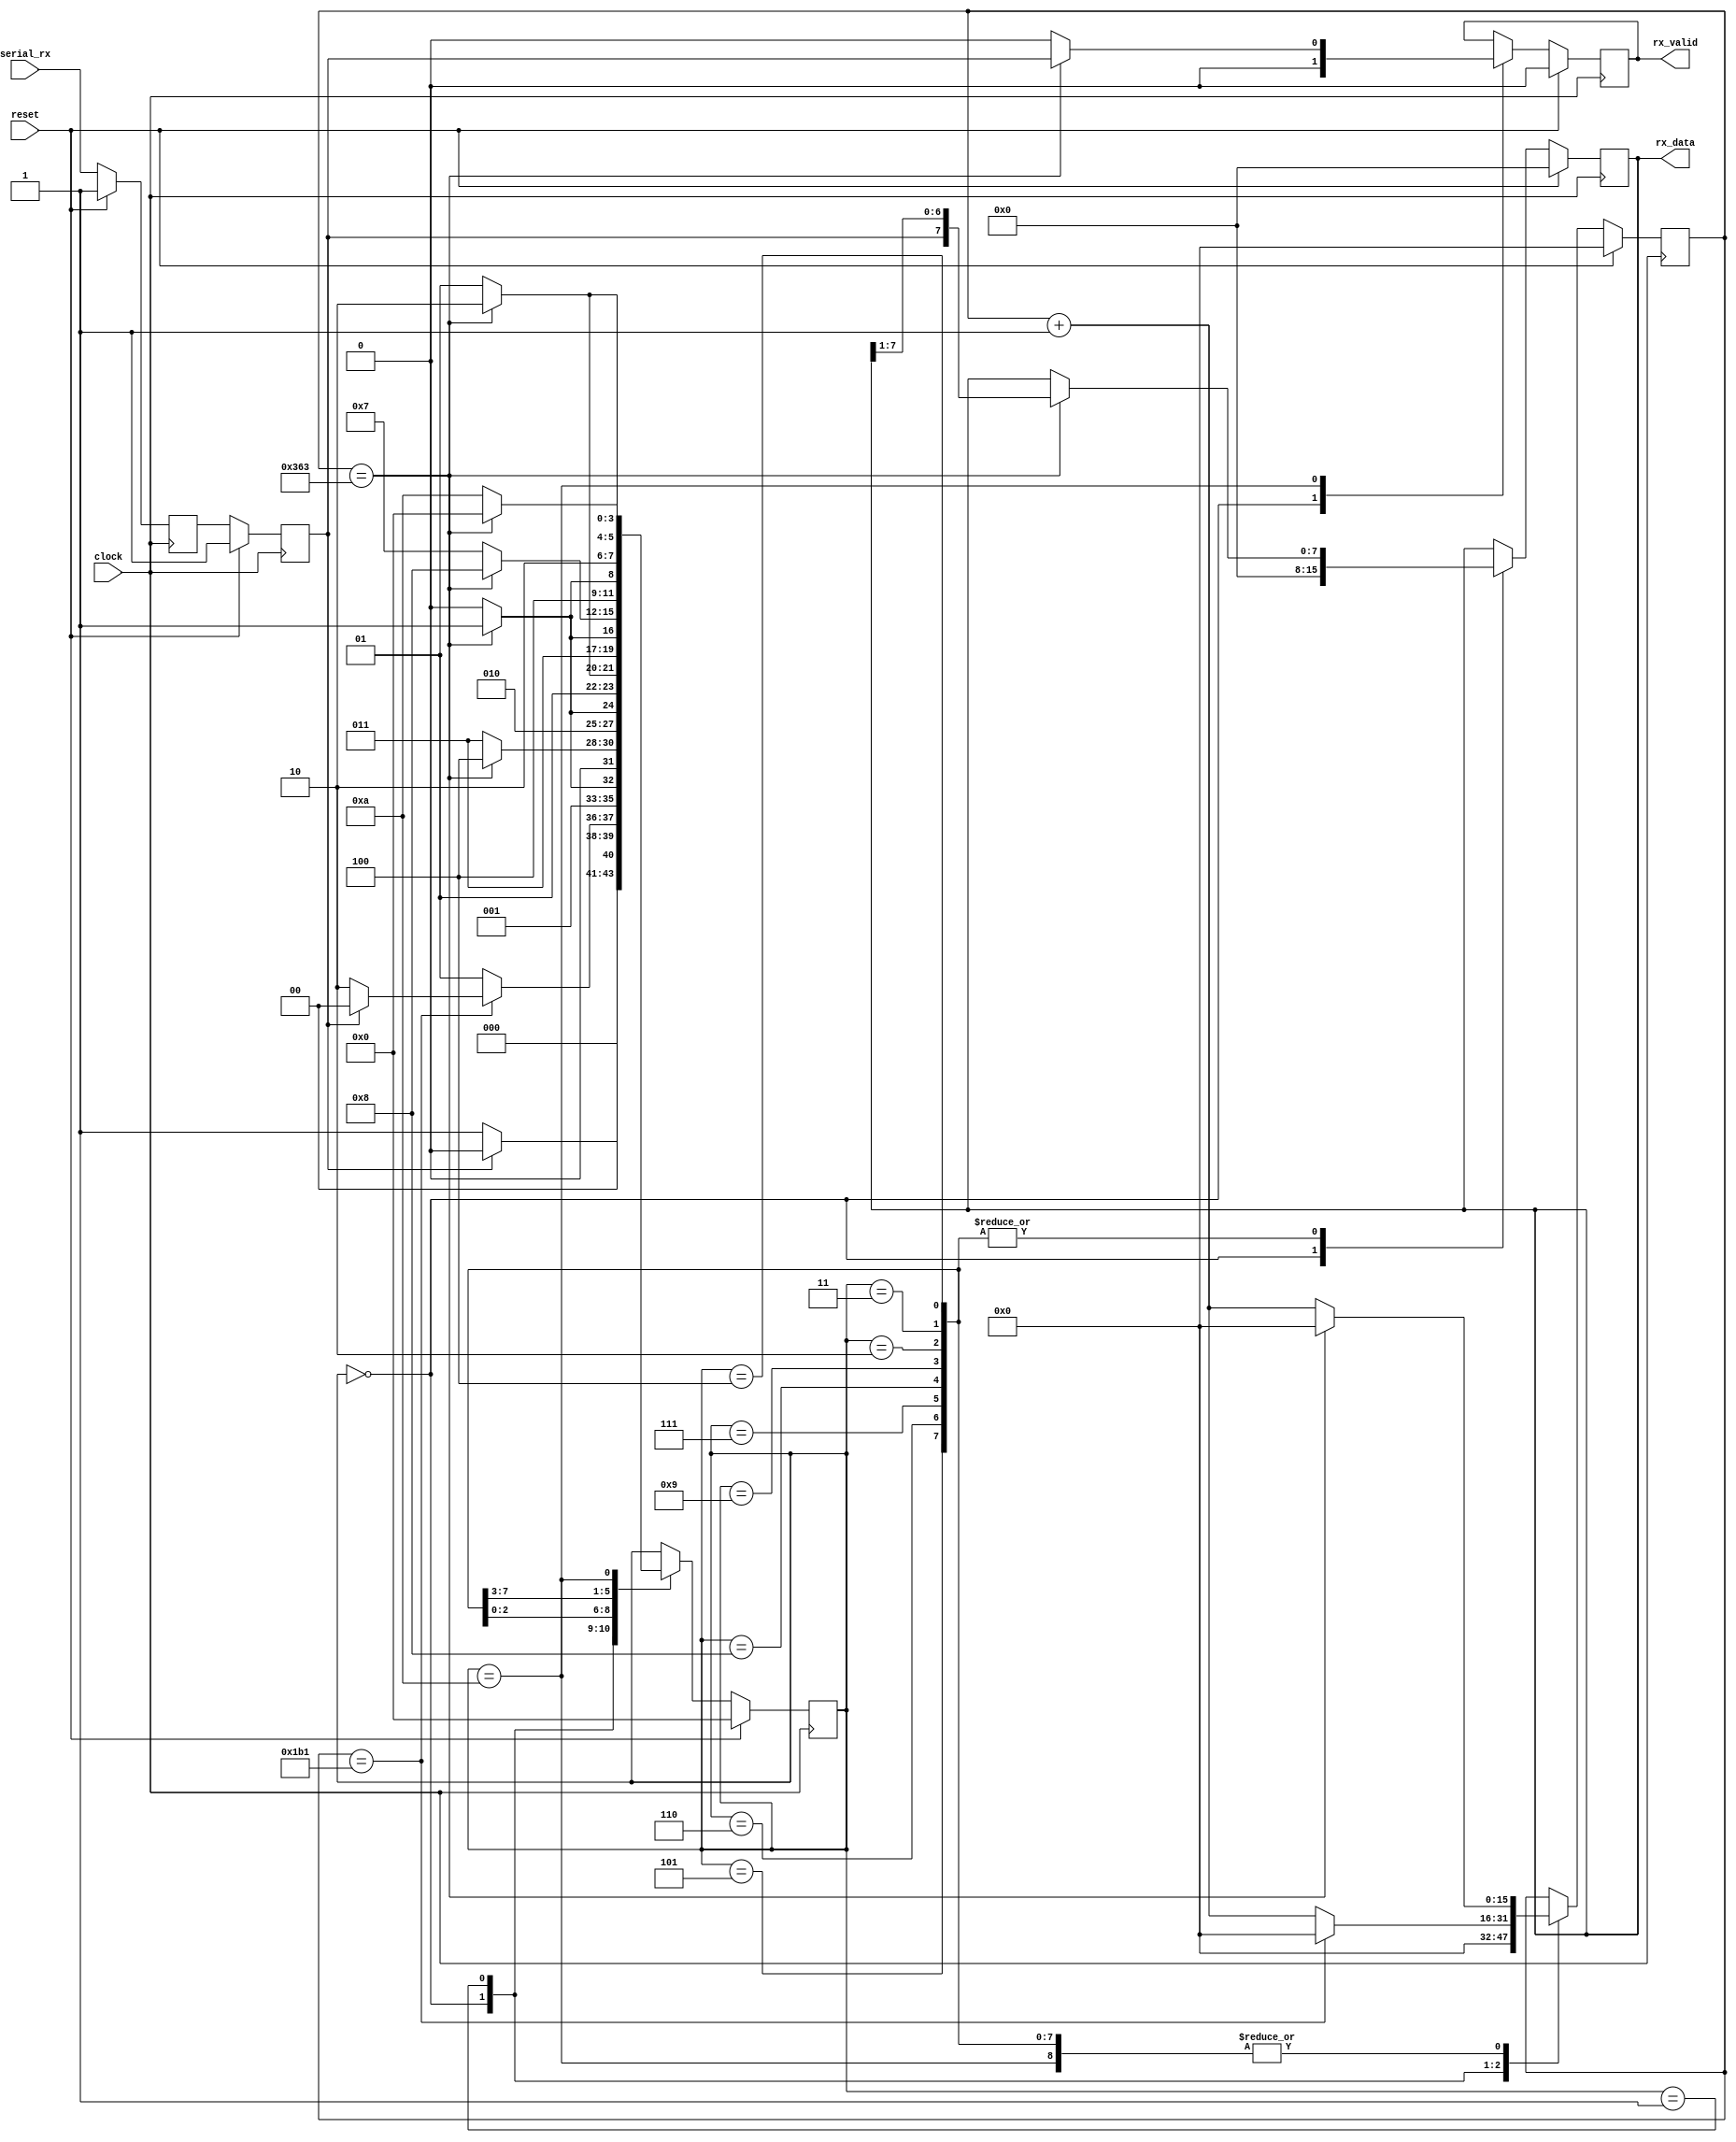
/** @module : uart_rx
 *  @author : Secure, Trusted, and Assured Microelectronics (STAM) Center

 *  Copyright (c) 2022 Trireme (STAM/SCAI/ASU)
 *  Permission is hereby granted, free of charge, to any person obtaining a copy
 *  of this software and associated documentation files (the "Software"), to deal
 *  in the Software without restriction, including without limitation the rights
 *  to use, copy, modify, merge, publish, distribute, sublicense, and/or sell
 *  copies of the Software, and to permit persons to whom the Software is
 *  furnished to do so, subject to the following conditions:
 *  The above copyright notice and this permission notice shall be included in
 *  all copies or substantial portions of the Software.

 *  THE SOFTWARE IS PROVIDED "AS IS", WITHOUT WARRANTY OF ANY KIND, EXPRESS OR
 *  IMPLIED, INCLUDING BUT NOT LIMITED TO THE WARRANTIES OF MERCHANTABILITY,
 *  FITNESS FOR A PARTICULAR PURPOSE AND NONINFRINGEMENT. IN NO EVENT SHALL THE
 *  AUTHORS OR COPYRIGHT HOLDERS BE LIABLE FOR ANY CLAIM, DAMAGES OR OTHER
 *  LIABILITY, WHETHER IN AN ACTION OF CONTRACT, TORT OR OTHERWISE, ARISING FROM,
 *  OUT OF OR IN CONNECTION WITH THE SOFTWARE OR THE USE OR OTHER DEALINGS IN
 *  THE SOFTWARE.
 */

module uart_rx #(
  parameter CLOCK_FREQUENCY = 100000000, // 100MHz
  parameter BAUD_RATE       = 115200
) (
  input clock,
  input reset,

  input serial_rx,
  output reg rx_valid,
  output reg [7:0] rx_data
);

localparam CLOCKS_PER_BIT = CLOCK_FREQUENCY/BAUD_RATE;

localparam IDLE      = 4'd0;
localparam START_BIT = 4'd1;
localparam DATA_BIT0 = 4'd2;
localparam DATA_BIT1 = 4'd3;
localparam DATA_BIT2 = 4'd4;
localparam DATA_BIT3 = 4'd5;
localparam DATA_BIT4 = 4'd6;
localparam DATA_BIT5 = 4'd7;
localparam DATA_BIT6 = 4'd8;
localparam DATA_BIT7 = 4'd9;
localparam STOP_BIT  = 4'd10;

reg [3:0] state;
reg [15:0] count;

reg serial_rx_r1;
reg serial_rx_r2;

// Double register serial input to avoid meta-stability problems
always@(posedge clock) begin
  if(reset) begin
    serial_rx_r1 <= 1'b1;
    serial_rx_r2 <= 1'b1;
  end
  else begin
    serial_rx_r1 <= serial_rx;
    serial_rx_r2 <= serial_rx_r1;
  end
end

// State machine to receive data
always@(posedge clock) begin
  if(reset) begin
    state    <= IDLE;
    count    <= 16'd0;
    rx_data  <= 8'd0;
    rx_valid <= 1'b0;
  end
  else begin
    case(state)
      IDLE: begin
        state    <= serial_rx_r2 ? IDLE : START_BIT;
        count    <= 16'd0;
        rx_data  <= 8'd0;
        rx_valid <= 1'b0;
      end
      START_BIT: begin
        if(count == (CLOCKS_PER_BIT-1)/2) begin
          state <= serial_rx_r2 ? IDLE : DATA_BIT0;
          count <= 16'd0;
        end
        else begin
          count <= count + 16'd1;
          state <= START_BIT;
        end
      end
      DATA_BIT0: begin
        if(count == CLOCKS_PER_BIT-1) begin
          state <= DATA_BIT1;
          count <= 16'd0;
          rx_data <= {serial_rx_r2, rx_data[7:1]};
        end
        else begin
          count   <= count + 16'd1;
          state   <= DATA_BIT0;
          rx_data <= rx_data;
        end
      end
      DATA_BIT1: begin
        if(count == CLOCKS_PER_BIT-1) begin
          state <= DATA_BIT2;
          count <= 16'd0;
          rx_data <= {serial_rx_r2, rx_data[7:1]};
        end
        else begin
          count   <= count + 16'd1;
          state   <= DATA_BIT1;
          rx_data <= rx_data;
        end
      end
      DATA_BIT2: begin
        if(count == CLOCKS_PER_BIT-1) begin
          state <= DATA_BIT3;
          count <= 16'd0;
          rx_data <= {serial_rx_r2, rx_data[7:1]};
        end
        else begin
          count   <= count + 16'd1;
          state   <= DATA_BIT2;
          rx_data <= rx_data;
        end
      end
      DATA_BIT3: begin
        if(count == CLOCKS_PER_BIT-1) begin
          state <= DATA_BIT4;
          count <= 16'd0;
          rx_data <= {serial_rx_r2, rx_data[7:1]};
        end
        else begin
          count   <= count + 16'd1;
          state   <= DATA_BIT3;
          rx_data <= rx_data;
        end
      end
      DATA_BIT4: begin
        if(count == CLOCKS_PER_BIT-1) begin
          state <= DATA_BIT5;
          count <= 16'd0;
          rx_data <= {serial_rx_r2, rx_data[7:1]};
        end
        else begin
          count   <= count + 16'd1;
          state   <= DATA_BIT4;
          rx_data <= rx_data;
        end
      end
      DATA_BIT5: begin
        if(count == CLOCKS_PER_BIT-1) begin
          state <= DATA_BIT6;
          count <= 16'd0;
          rx_data <= {serial_rx_r2, rx_data[7:1]};
        end
        else begin
          count   <= count + 16'd1;
          state   <= DATA_BIT5;
          rx_data <= rx_data;
        end
      end
      DATA_BIT6: begin
        if(count == CLOCKS_PER_BIT-1) begin
          state <= DATA_BIT7;
          count <= 16'd0;
          rx_data <= {serial_rx_r2, rx_data[7:1]};
        end
        else begin
          count   <= count + 16'd1;
          state   <= DATA_BIT6;
          rx_data <= rx_data;
        end
      end
      DATA_BIT7: begin
        if(count == CLOCKS_PER_BIT-1) begin
          state <= STOP_BIT;
          count <= 16'd0;
          rx_data <= {serial_rx_r2, rx_data[7:1]};
        end
        else begin
          count   <= count + 16'd1;
          state   <= DATA_BIT7;
          rx_data <= rx_data;
        end
      end
      STOP_BIT: begin
        if(count == CLOCKS_PER_BIT-1) begin
          state    <= IDLE;
          count    <= 16'd0;
          rx_valid <= serial_rx_r2;
        end
        else begin
          count    <= count + 16'd1;
          state    <= STOP_BIT;
          rx_valid <= 1'b0;
        end
      end
      default: begin
        state <= state;
      end
    endcase
  end
end

endmodule